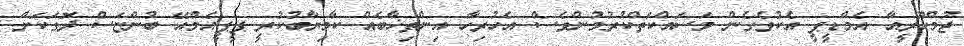
ޖުމްހޫރީއާ އެމްޑީޕީ އެކުވެގެން މަސައްކަތްކުރުމުންވެސް އެހުރިހާ އިންތިޚާބެއް ކާމިޔާބުކުރީ ޕީޕީއެމްއޭ ބުންޏަސް ދޮގަކަށް